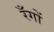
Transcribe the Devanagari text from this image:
रँगों